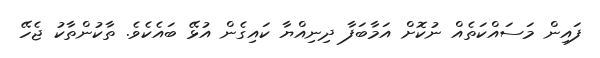
ފައިން މަސައްކަތެއް ނުކޮށް އަމާބަފާ ދިނިއްޔާ ކައިގެން އުޅޭ ބައެކެވެ. ތާކުންތާކު ޖެހޭ